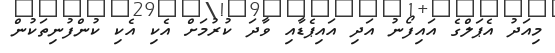
މިއަދު އެޕަލްގެ އައިފޯނު އަދި އައިޕެޑާއި ވާދަ ކުރުމަށް އެކި އެކި ކުންފުނިތަކުން